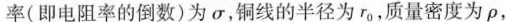
率(即电阻率的倒数)为\sigma ，铜线的半径为r_{0}，质量密度为\rho ，